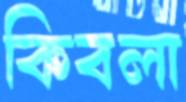
কিবলা